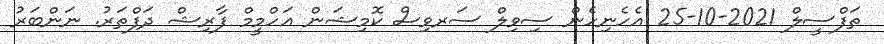
ތަފްސީލް 2021-10-25 އެހެނިހެން ސިވިލް ސަރވިސް ކޮމިޝަން އަހްމީމް ފާރިޝް ދަފްތަރު. ނަންބަރު